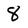
Character: 8